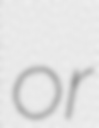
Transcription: or